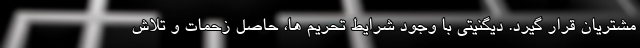
مشتریان قرار گیرد. دیگنیتی با وجود شرایط تحریم ها، حاصل زحمات و تلاش